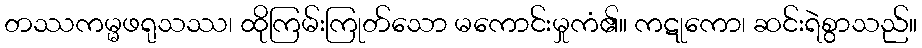
တဿကမ္မဖရုသဿ၊ ထိုကြမ်းကြုတ်သော မကောင်းမှုကံ၏။ ကဋုကော၊ ဆင်းရဲစွာသည်။